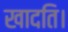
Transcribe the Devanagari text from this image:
खादति।